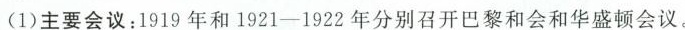
(1)主要会议：1919年和1921-1922年分别召开巴黎和会和华盛顿会议。